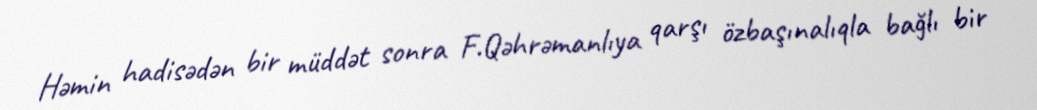
Həmin hadisədən bir müddət sonra F.Qəhrəmanlıya qarşı özbaşınalıqla bağlı bir